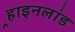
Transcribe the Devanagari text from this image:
र्‍हाइनलांड